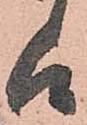
候